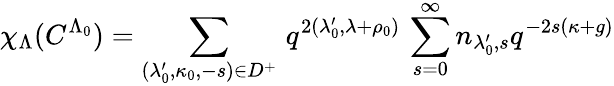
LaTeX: \chi_{\Lambda}(C^{\Lambda_{0}})=\sum_{(\lambda_{0}^{\prime},\kappa_{0},-s)\in D^{+}}\, q^{2(\lambda_{0}^{\prime},\lambda+\rho_{0})}\, \sum_{s=0}^{\infty}n_{\lambda_{0}^{\prime},s}q^{-2s(\kappa+g)}